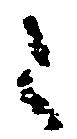
令